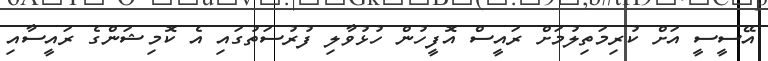
އޭސީސީ އަށް ކުރިމަތިލުމަށް ރައީސް އޮފީހުން ހުޅުވާލި ފުރުސަތުގައި އެ ކޮމިޝަންގެ ރައީސާއި